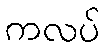
ကလပ်